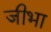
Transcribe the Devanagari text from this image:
जीभा